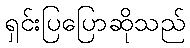
ရှင်းပြပြောဆိုသည်